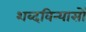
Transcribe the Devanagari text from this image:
शब्दविन्यासों